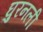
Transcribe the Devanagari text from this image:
घुरनली